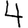
Digit: 4